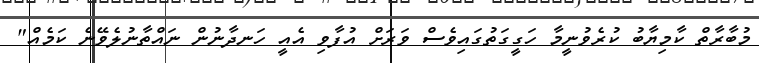
މުބާރާތް ކާމިޔާބު ކުރެވުނީމާ ހަގީގަތުގައިވެސް ވަރަށް އުފާވި އެއީ ހަނދާނުން ނައްތާނުލެވޭނެ ކަމެއް"